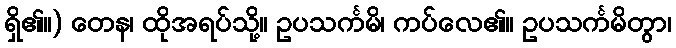
ရှိ၏။) တေန၊ ထိုအရပ်သို့။ ဥပသင်္ကမိ၊ ကပ်လေ၏။ ဥပသင်္ကမိတွာ၊